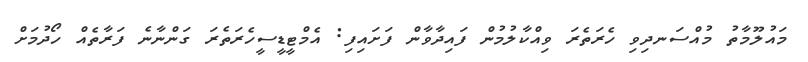
މައުލޫމާތު މުއްސަނދިވި ހެރަތެރަ ވިއްކާލުމުން ފައިދާވާން ފަށައިފި: އެމްޓީޑީސީހެރަތެރަ ގަންނާނެ ފަރާތެއް ހޯދުމަށް